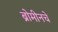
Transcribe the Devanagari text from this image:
ब्रोमीनचे